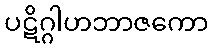
ပဋိဂ္ဂါဟဘာဇကော